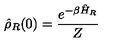
\hat { \rho } _ { R } ( 0 ) = \frac { e ^ { - \beta \hat { H } _ { R } } } { Z }